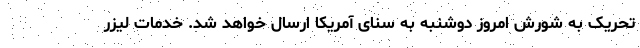
تحریک به شورش امروز دوشنبه به سنای آمریکا ارسال خواهد شد. خدمات لیزر